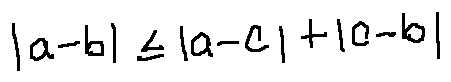
| a - b | \leq | a - c | + | c - b |